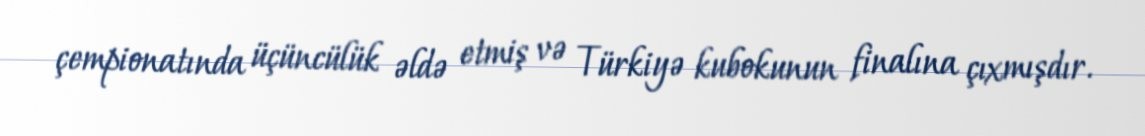
çempionatında üçüncülük əldə etmiş və Türkiyə kubokunun finalına çıxmışdır.